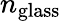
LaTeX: n_{\mathrm{glass}}